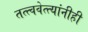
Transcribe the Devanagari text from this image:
तत्त्ववेत्त्यांनीही